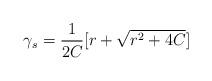
LaTeX: \begin{align*}\gamma_s = \frac{1}{2C}[ r + \sqrt{r^2+ 4C}] \end{align*}